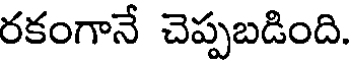
రకంగానే చెప్పబడింది.